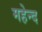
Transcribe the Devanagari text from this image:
महेन्द